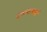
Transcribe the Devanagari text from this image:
एलजायर्स